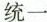
统一